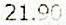
21.90